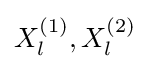
X_{l}^{(1)},X_{l}^{(2)}